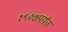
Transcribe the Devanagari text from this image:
१९०७पर्यंत